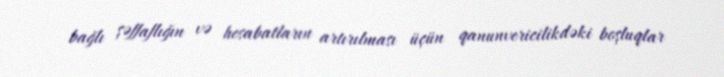
bağlı şəffaflığın və hesabatların artırılması üçün qanunvericilikdəki boşluqlar